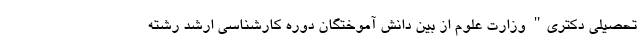
تحصیلی دکتری" وزارت علوم از بین دانش آموختگان دوره کارشناسی ارشد رشته